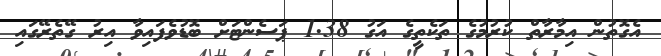
އެގޮތުން އިމާރާތް ކުރުމުގެ ތަކެތީގެ އަގު 1.38 ޕަސެންޓަށް ބޮޑުވެފައިވާ އިރު ގޭތެރޭގައި